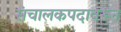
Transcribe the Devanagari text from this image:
संचालकपदावरून